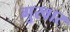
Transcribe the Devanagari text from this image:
गुरवार